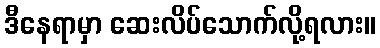
ဒီနေရာမှာ ဆေးလိပ်သောက်လို့ရလား။